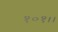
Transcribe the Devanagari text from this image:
१०१।।